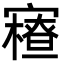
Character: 𡫝